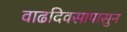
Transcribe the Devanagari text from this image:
वाढदिवसापासुन